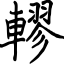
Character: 轇